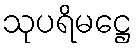
သုပရိမဋ္ဌေ